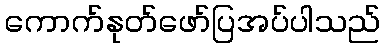
ကောက်နုတ်ဖော်ပြအပ်ပါသည်